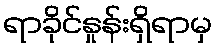
ရာခိုင်နှုန်းရှိရာမှ